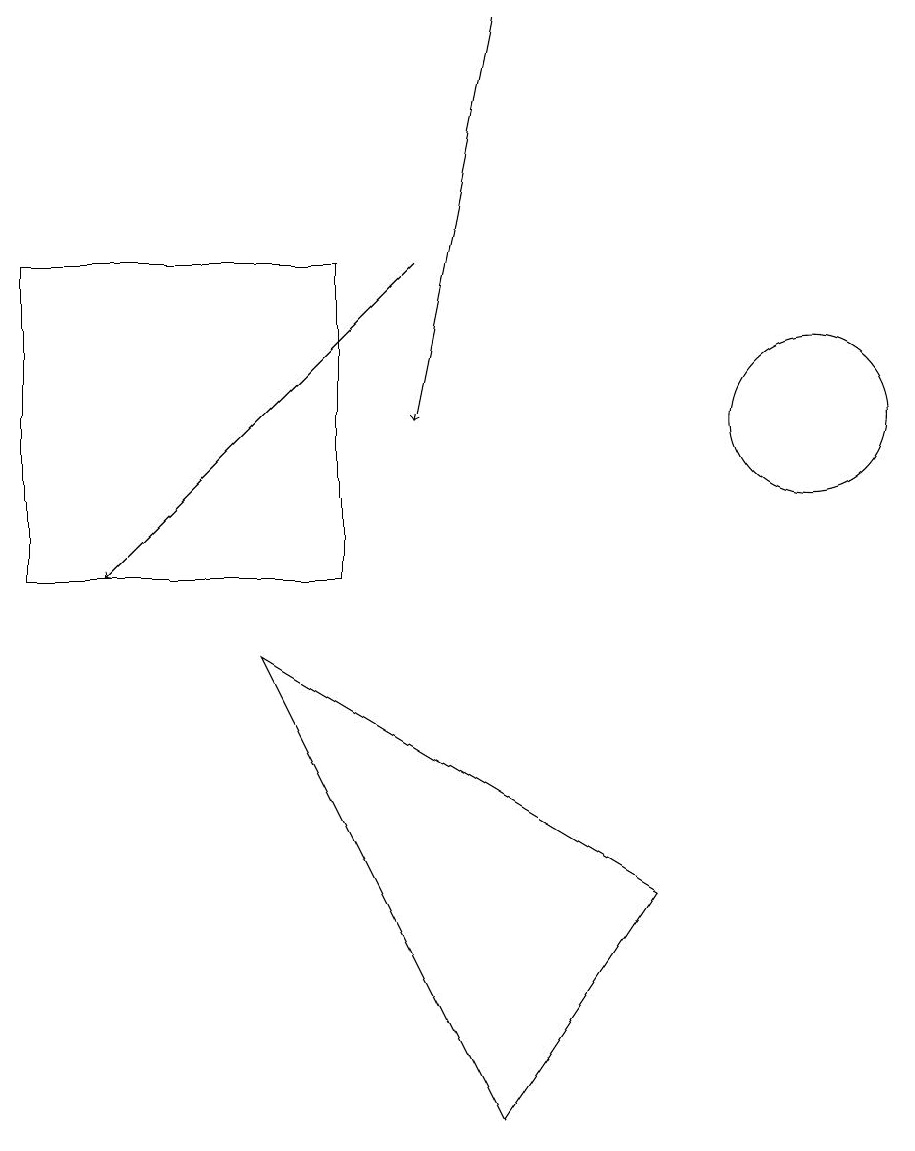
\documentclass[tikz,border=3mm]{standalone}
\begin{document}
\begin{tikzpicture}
\draw (5,14) rectangle (1,10);
\draw[->] (7,17) -- (6,12);
\draw[->] (6,14) -- (2,10);
\draw (11,12) circle (1);
\draw (9,6) -- (7,3) -- (4,9) -- cycle;
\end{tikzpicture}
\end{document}